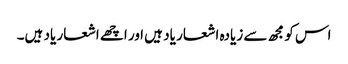
اس کو مجھ سے زیادہ اشعار یاد ہیں ا ور اچھے اشعار یاد ہیں۔